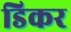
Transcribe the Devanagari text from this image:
डिकर